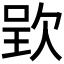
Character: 𣣆